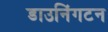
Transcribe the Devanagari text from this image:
डाउनिंगटन